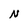
Character: N